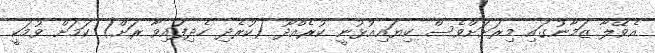
އެވޭލާ ޒަމާނުގައި މިރަށަށްވެސް ކިޔައިއުޅުނީ ކުރެއްދޫ (ކުރެދި ހެދިފައިވާ ރަށް) ކަމަށް ވުމަކީ